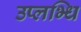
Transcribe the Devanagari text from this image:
उप्लभ्धि